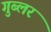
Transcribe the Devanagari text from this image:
गुब्लर